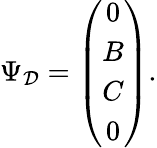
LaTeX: \Psi_{\mathcal{D}}=\left(\begin{array}{c}{{0}}\\ {{B}}\\ {{C}}\\ {{0}}\end{array}\right).